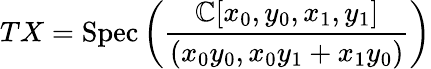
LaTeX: TX={\mathrm{Spec}}\left({\frac{\mathbb{C}[x_{0},y_{0},x_{1},y_{1}]}{(x_{0}y_{0},x_{0}y_{1}+x_{1}y_{0})}}\right)